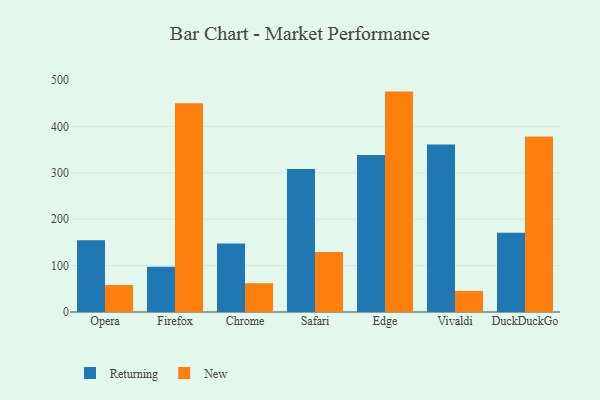
{"axis": {"x": "Browser", "y": "Headcount"}, "legend": ["New", "Returning"], "data": [{"x": "Opera", "y": 154.7, "type": "Returning"}, {"x": "Opera", "y": 58.3, "type": "New"}, {"x": "Firefox", "y": 97.3, "type": "Returning"}, {"x": "Firefox", "y": 450.2, "type": "New"}, {"x": "Chrome", "y": 147.8, "type": "Returning"}, {"x": "Chrome", "y": 62.1, "type": "New"}, {"x": "Safari", "y": 308.0, "type": "Returning"}, {"x": "Safari", "y": 129.1, "type": "New"}, {"x": "Edge", "y": 338.3, "type": "Returning"}, {"x": "Edge", "y": 475.1, "type": "New"}, {"x": "Vivaldi", "y": 360.8, "type": "Returning"}, {"x": "Vivaldi", "y": 45.4, "type": "New"}, {"x": "DuckDuckGo", "y": 170.8, "type": "Returning"}, {"x": "DuckDuckGo", "y": 378.3, "type": "New"}]}